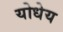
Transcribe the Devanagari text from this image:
योधेय